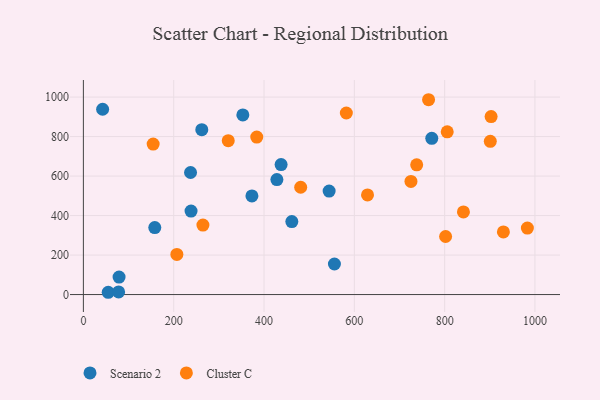
{"axis": {"x": "Speed", "y": "Salary"}, "legend": ["Cluster C", "Scenario 2"], "data": [{"x": "437.8", "y": 658.3, "type": "Scenario 2"}, {"x": "353.1", "y": 909.5, "type": "Scenario 2"}, {"x": "237.3", "y": 618.0, "type": "Scenario 2"}, {"x": "771.5", "y": 791.2, "type": "Scenario 2"}, {"x": "373.2", "y": 499.2, "type": "Scenario 2"}, {"x": "55.0", "y": 11.5, "type": "Scenario 2"}, {"x": "158.1", "y": 339.2, "type": "Scenario 2"}, {"x": "79.0", "y": 88.4, "type": "Scenario 2"}, {"x": "42.6", "y": 938.2, "type": "Scenario 2"}, {"x": "461.6", "y": 369.4, "type": "Scenario 2"}, {"x": "238.4", "y": 422.5, "type": "Scenario 2"}, {"x": "262.2", "y": 834.8, "type": "Scenario 2"}, {"x": "555.9", "y": 154.6, "type": "Scenario 2"}, {"x": "428.5", "y": 582.3, "type": "Scenario 2"}, {"x": "544.2", "y": 524.0, "type": "Scenario 2"}, {"x": "78.0", "y": 13.5, "type": "Scenario 2"}, {"x": "802.1", "y": 294.0, "type": "Cluster C"}, {"x": "805.7", "y": 823.9, "type": "Cluster C"}, {"x": "264.7", "y": 351.8, "type": "Cluster C"}, {"x": "383.9", "y": 797.5, "type": "Cluster C"}, {"x": "582.3", "y": 919.3, "type": "Cluster C"}, {"x": "320.8", "y": 779.2, "type": "Cluster C"}, {"x": "207.0", "y": 203.3, "type": "Cluster C"}, {"x": "738.1", "y": 657.1, "type": "Cluster C"}, {"x": "841.6", "y": 418.2, "type": "Cluster C"}, {"x": "154.5", "y": 761.8, "type": "Cluster C"}, {"x": "983.2", "y": 336.6, "type": "Cluster C"}, {"x": "930.1", "y": 317.3, "type": "Cluster C"}, {"x": "481.2", "y": 543.2, "type": "Cluster C"}, {"x": "725.4", "y": 572.6, "type": "Cluster C"}, {"x": "901.1", "y": 776.0, "type": "Cluster C"}, {"x": "902.9", "y": 901.4, "type": "Cluster C"}, {"x": "764.4", "y": 986.5, "type": "Cluster C"}, {"x": "629.2", "y": 504.5, "type": "Cluster C"}]}